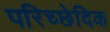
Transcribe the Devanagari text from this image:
परिच्छेदिक